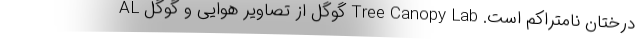
درختان نامتراکم است. Tree Canopy Lab گوگل از تصاویر هوایی و گوگل AL